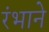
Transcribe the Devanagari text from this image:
रंभाने